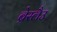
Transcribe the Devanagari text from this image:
ब्रेस्लैउ